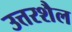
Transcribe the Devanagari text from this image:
उत्तरशैल